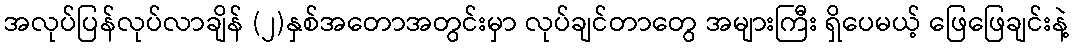
အလုပ်ပြန်လုပ်လာချိန် (၂)နှစ်အတောအတွင်းမှာ လုပ်ချင်တာတွေ အများကြီး ရှိပေမယ့် ဖြေဖြေချင်းနဲ့